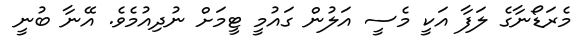
މެރަޑޯނާގެ ލަފާ އަކީ މެސީ އަލުން ގައުމީ ޓީމަށް ނުދިއުމެވެ. އޭނާ ބުނީ